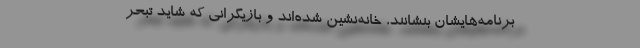
برنامه‌هایشان بنشانند، خانه‌نشین شده‌اند و بازیگرانی که شاید تبحر